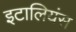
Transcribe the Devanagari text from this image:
इटालियंस